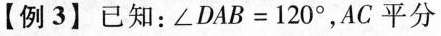
【例3】已知:$$\angle DAB=120^{\circ}$$,AC平分